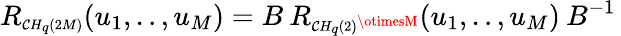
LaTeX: R_{\scriptscriptstyle\mathcal{C}H_{q}(2M)}(u_{1},..,u_{M})=B\: R_{\scriptscriptstyle\mathcal{C}H_{q}(2)^{\otimesM}}(u_{1},..,u_{M})\: B^{-1}\,